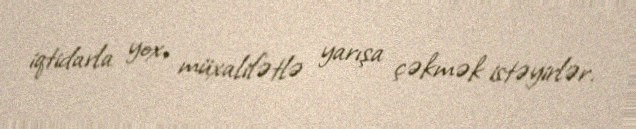
iqtidarla yox, müxalifətlə yarışa çəkmək istəyirlər.